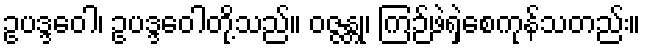
ဥပဒ္ဒဝေါ၊ ဥပဒ္ဒဝေါတို့သည်။ ဝဇ္ဇန္တု၊ ကြဉ်ဖဲရှဲစေကုန်သတည်း။